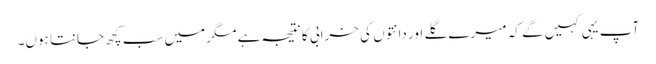
آپ یہی کہیں گے کہ میرے گلے اور دانتوں کی خرابی کا نتیجہ ہے مگر میں سب کچھ جانتا ہوں۔